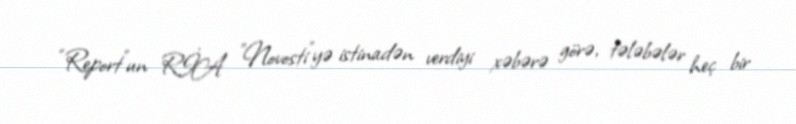
“Report”un RİA "Novosti"yə istinadən verdiyi xəbərə görə, tələbələr heç bir